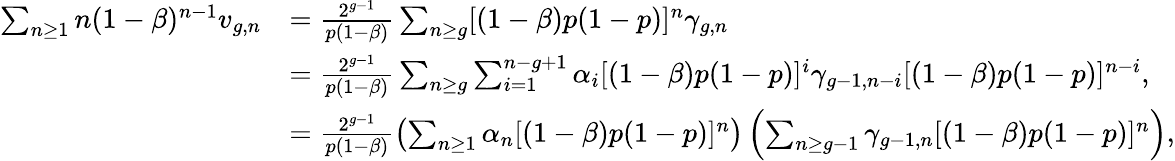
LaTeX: \begin{array}{rl}{\sum_{n\geq 1}n(1-\beta)^{n-1}v_{g,n}}&{=\frac{2^{g-1}}{p(1-\beta)}\sum_{n\geq g}[(1-\beta)p(1-p)]^{n}\gamma_{g,n}}\\ &{=\frac{2^{g-1}}{p(1-\beta)}\sum_{n\geq g}\sum_{i=1}^{n-g+1}\alpha_{i}[(1-\beta)p(1-p)]^{i}\gamma_{g-1,n-i}[(1-\beta)p(1-p)]^{n-i},}\\ &{=\frac{2^{g-1}}{p(1-\beta)}\left(\sum_{n\geq 1}\alpha_{n}[(1-\beta)p(1-p)]^{n}\right)\left(\sum_{n\geq g-1}\gamma_{g-1,n}[(1-\beta)p(1-p)]^{n}\right),}\end{array}